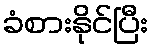
ခံစားနိုင်ပြီး